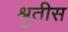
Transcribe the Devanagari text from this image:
श्रुतीस